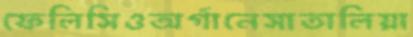
ফেলিসিওঅর্গানেসাতালিয়া